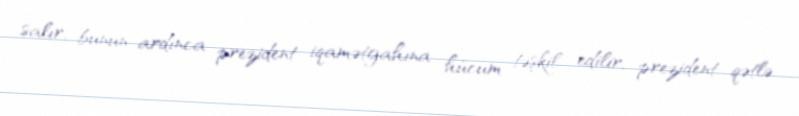
salır, bunun ardınca prezident iqamətgahına hücum təşkil edilir, prezident qətlə